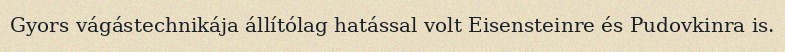
Gyors vágástechnikája állítólag hatással volt Eisensteinre és Pudovkinra is.